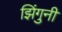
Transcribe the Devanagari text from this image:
झिंगुनी